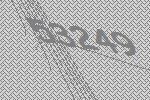
53249